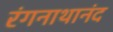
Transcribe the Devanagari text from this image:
रंगनाथानंद